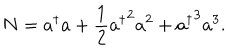
N = a ^ { \dagger } a + \frac { 1 } { 2 } { a ^ { \dagger } } ^ { 2 } a ^ { 2 } + { a ^ { \dagger } } ^ { 3 } a ^ { 3 } .